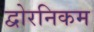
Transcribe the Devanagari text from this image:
द्वोरनिकम